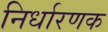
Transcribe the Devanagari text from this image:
निर्धारणक